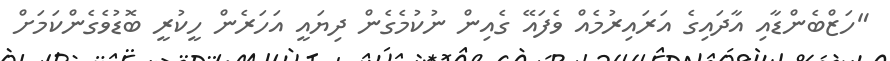
"ހަޒްބެންޑާއި އާދައިގެ އަރައިރުމެއް ވެފައޭ ގެއިން ނުކުމެގެން ދިޔައީ އަހަރެން ހީކުރީ ބޮޑުވެގެންކަމަށް